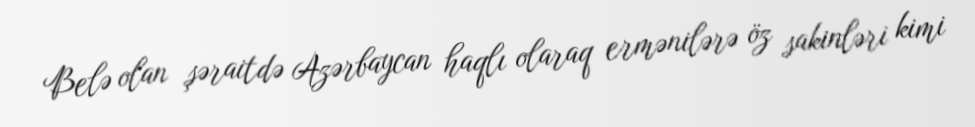
Belə olan şəraitdə Azərbaycan haqlı olaraq ermənilərə öz sakinləri kimi